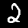
Digit: 2